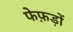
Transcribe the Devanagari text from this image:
फेफ़ड़ों